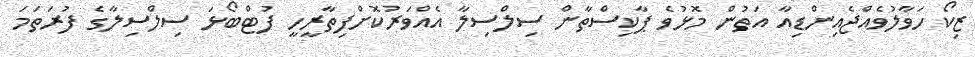
ޒިކޯ ހަވާލުވެއްޖެއިންޑިއާ އަތުން މޮޅުވެ ޕާކިސްތާން ސިލްސިލާ އެއްވަރުކޮށްފިތާރީހީ ފުޓްބޯޅަ ސިލްސިލާގެ ފުރަތަމަ